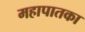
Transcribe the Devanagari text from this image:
महापातका